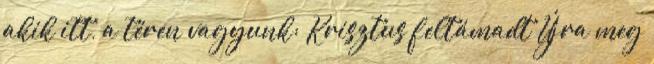
akik itt, a téren vagyunk: Krisztus feltámadt Újra meg